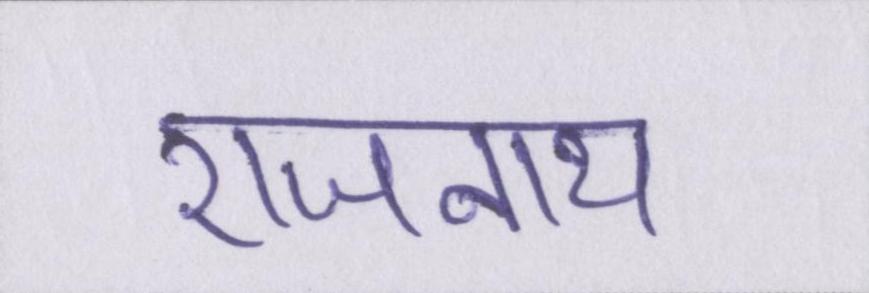
राजनाथ